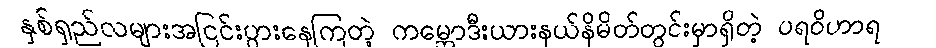
နှစ်ရှည်လများအငြင်းပွားနေကြတဲ့ ကမ္ဘောဒီးယားနယ်နိမိတ်တွင်းမှာရှိတဲ့ ပရဝိဟာရ